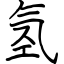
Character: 氢